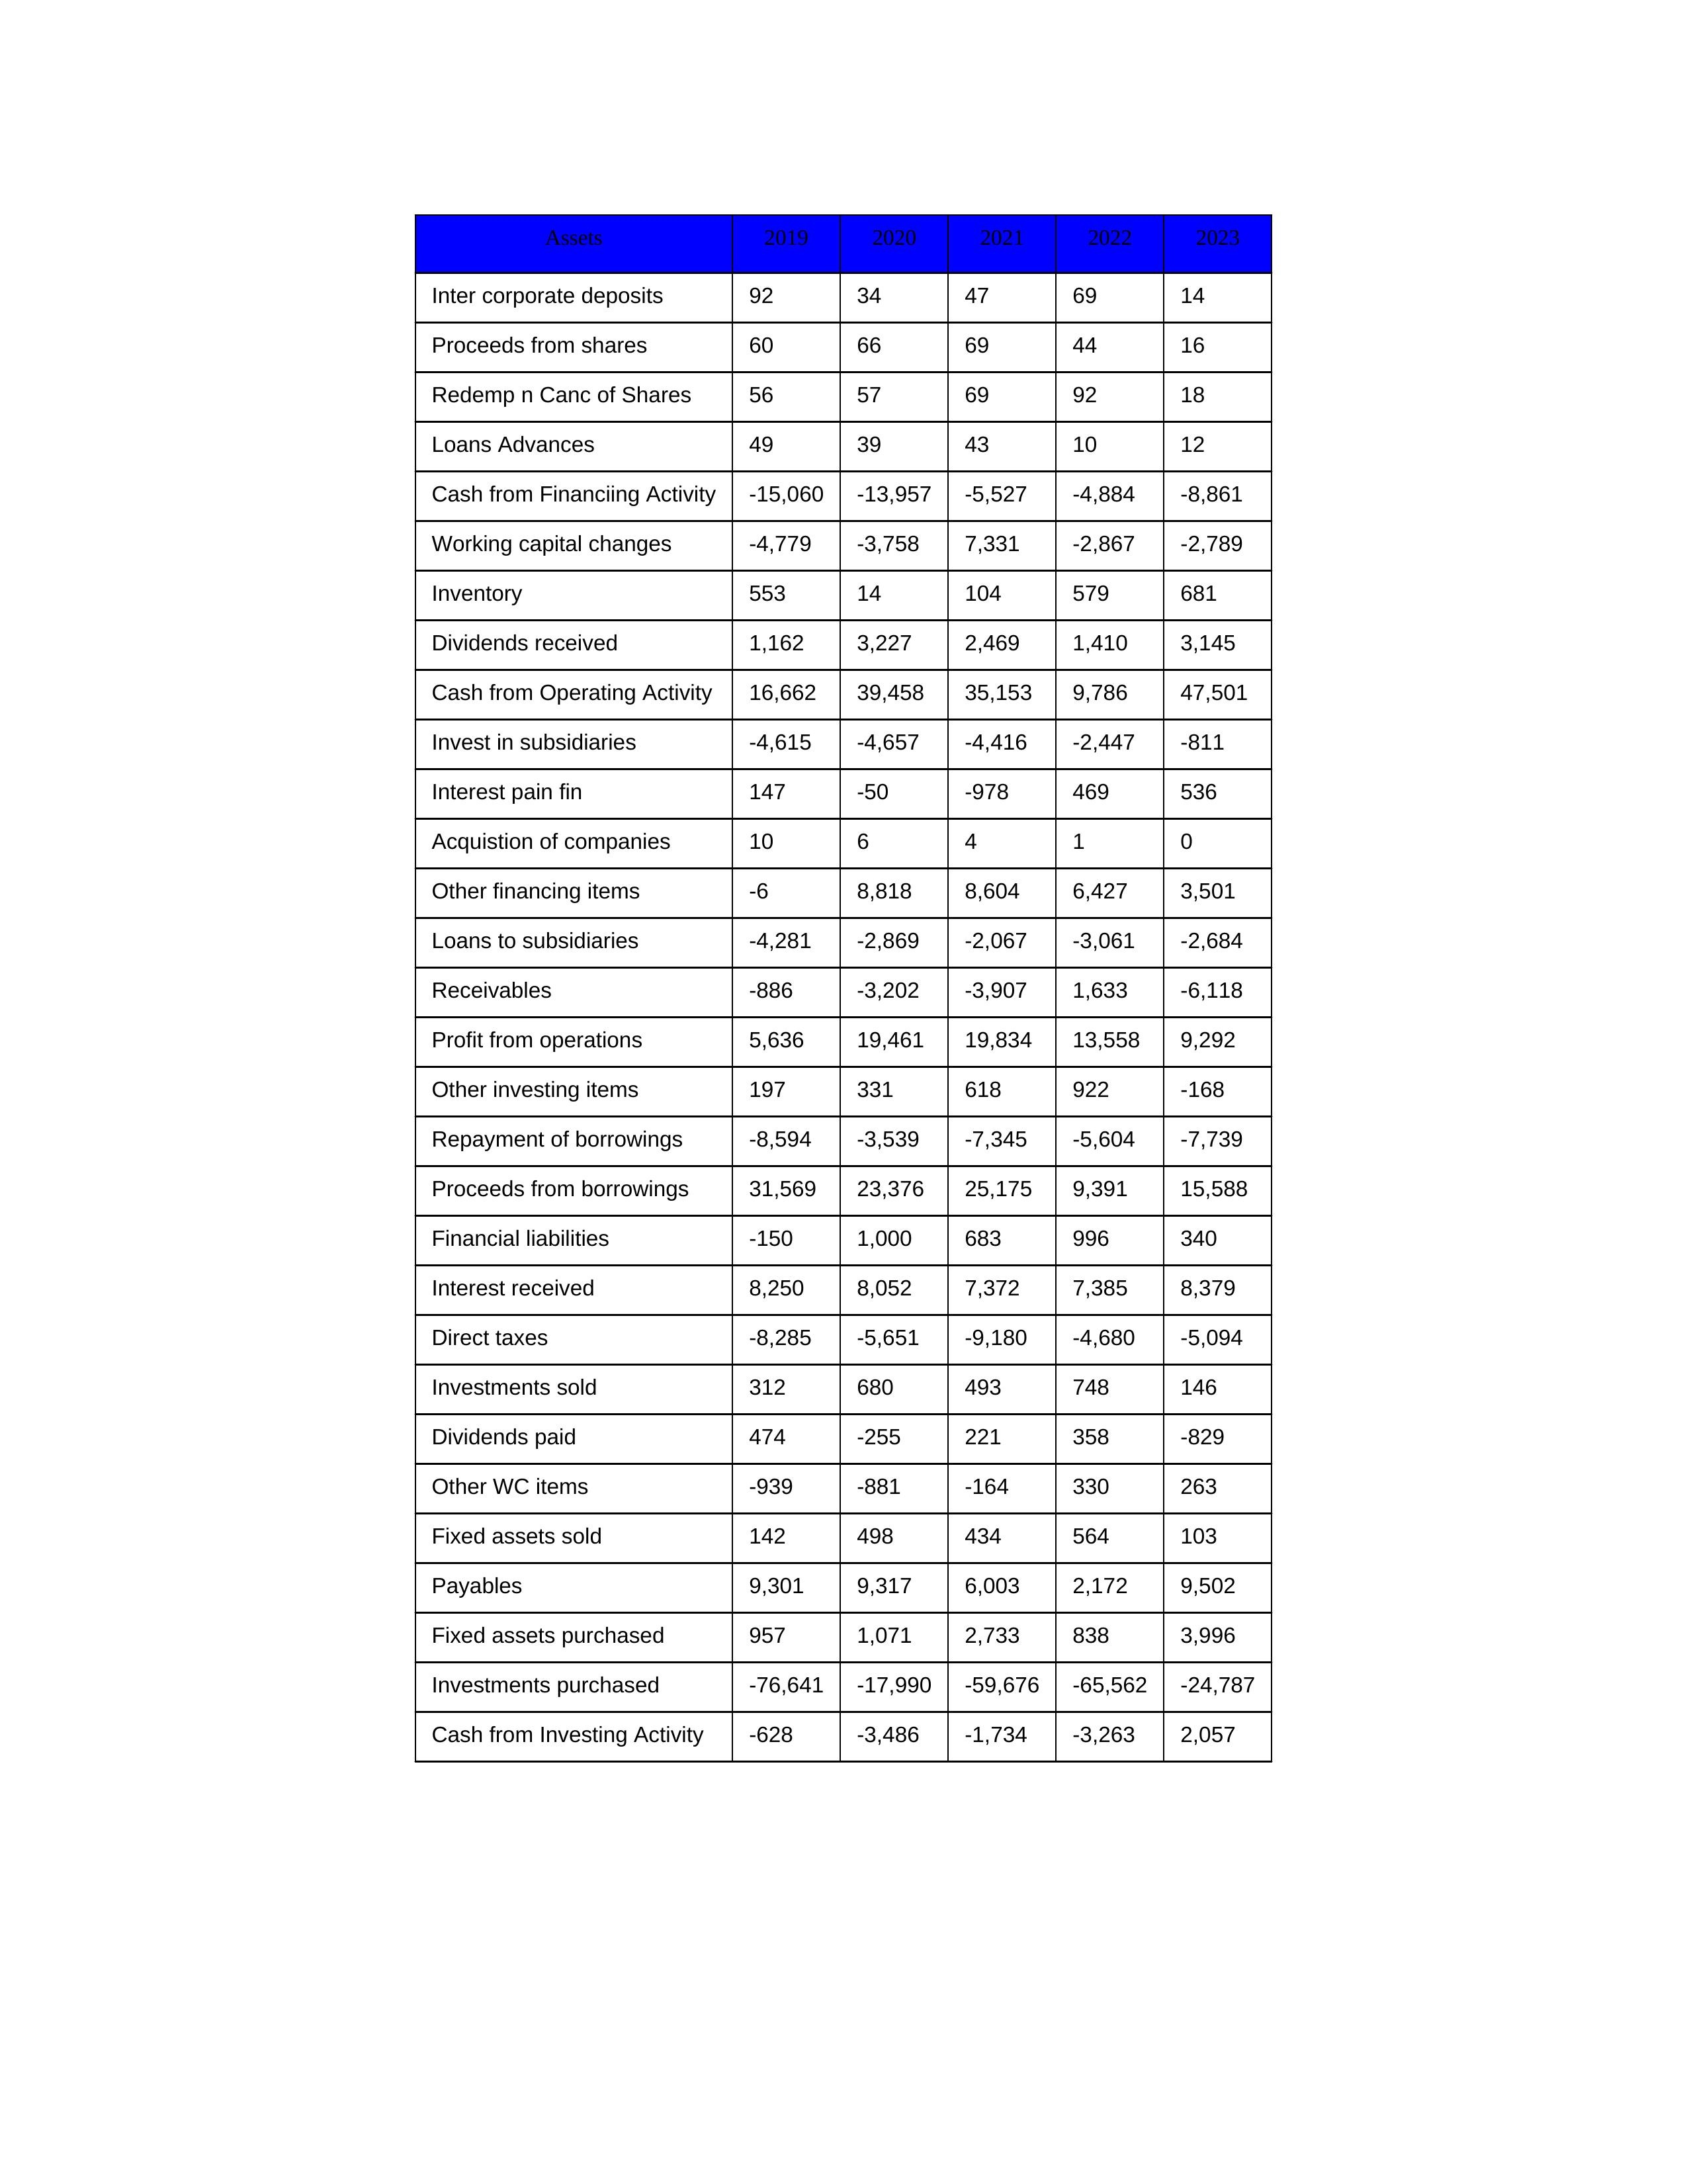
gt_parse: 2019: Cash from Operating Activity: 16,662
Profit from operations: 5,636
Receivables: -886
Inventory: 553
Payables: 9,301
Loans Advances: 49
Other WC items: -939
Working capital changes: -4,779
Direct taxes: -8,285
Cash from Investing Activity: -628
Fixed assets purchased: 957
Fixed assets sold: 142
Investments purchased: -76,641
Investments sold: 312
Interest received: 8,250
Dividends received: 1,162
Invest in subsidiaries: -4,615
Loans to subsidiaries: -4,281
Redemp n Canc of Shares: 56
Acquistion of companies: 10
Inter corporate deposits: 92
Other investing items: 197
Cash from Financiing Activity: -15,060
Proceeds from shares: 60
Proceeds from borrowings: 31,569
Repayment of borrowings: -8,594
Interest pain fin: 147
Dividends paid: 474
Financial liabilities: -150
Other financing items: -6
2020: Cash from Operating Activity: 39,458
Profit from operations: 19,461
Receivables: -3,202
Inventory: 14
Payables: 9,317
Loans Advances: 39
Other WC items: -881
Working capital changes: -3,758
Direct taxes: -5,651
Cash from Investing Activity: -3,486
Fixed assets purchased: 1,071
Fixed assets sold: 498
Investments purchased: -17,990
Investments sold: 680
Interest received: 8,052
Dividends received: 3,227
Invest in subsidiaries: -4,657
Loans to subsidiaries: -2,869
Redemp n Canc of Shares: 57
Acquistion of companies: 6
Inter corporate deposits: 34
Other investing items: 331
Cash from Financiing Activity: -13,957
Proceeds from shares: 66
Proceeds from borrowings: 23,376
Repayment of borrowings: -3,539
Interest pain fin: -50
Dividends paid: -255
Financial liabilities: 1,000
Other financing items: 8,818
2021: Cash from Operating Activity: 35,153
Profit from operations: 19,834
Receivables: -3,907
Inventory: 104
Payables: 6,003
Loans Advances: 43
Other WC items: -164
Working capital changes: 7,331
Direct taxes: -9,180
Cash from Investing Activity: -1,734
Fixed assets purchased: 2,733
Fixed assets sold: 434
Investments purchased: -59,676
Investments sold: 493
Interest received: 7,372
Dividends received: 2,469
Invest in subsidiaries: -4,416
Loans to subsidiaries: -2,067
Redemp n Canc of Shares: 69
Acquistion of companies: 4
Inter corporate deposits: 47
Other investing items: 618
Cash from Financiing Activity: -5,527
Proceeds from shares: 69
Proceeds from borrowings: 25,175
Repayment of borrowings: -7,345
Interest pain fin: -978
Dividends paid: 221
Financial liabilities: 683
Other financing items: 8,604
2022: Cash from Operating Activity: 9,786
Profit from operations: 13,558
Receivables: 1,633
Inventory: 579
Payables: 2,172
Loans Advances: 10
Other WC items: 330
Working capital changes: -2,867
Direct taxes: -4,680
Cash from Investing Activity: -3,263
Fixed assets purchased: 838
Fixed assets sold: 564
Investments purchased: -65,562
Investments sold: 748
Interest received: 7,385
Dividends received: 1,410
Invest in subsidiaries: -2,447
Loans to subsidiaries: -3,061
Redemp n Canc of Shares: 92
Acquistion of companies: 1
Inter corporate deposits: 69
Other investing items: 922
Cash from Financiing Activity: -4,884
Proceeds from shares: 44
Proceeds from borrowings: 9,391
Repayment of borrowings: -5,604
Interest pain fin: 469
Dividends paid: 358
Financial liabilities: 996
Other financing items: 6,427
2023: Cash from Operating Activity: 47,501
Profit from operations: 9,292
Receivables: -6,118
Inventory: 681
Payables: 9,502
Loans Advances: 12
Other WC items: 263
Working capital changes: -2,789
Direct taxes: -5,094
Cash from Investing Activity: 2,057
Fixed assets purchased: 3,996
Fixed assets sold: 103
Investments purchased: -24,787
Investments sold: 146
Interest received: 8,379
Dividends received: 3,145
Invest in subsidiaries: -811
Loans to subsidiaries: -2,684
Redemp n Canc of Shares: 18
Acquistion of companies: 0
Inter corporate deposits: 14
Other investing items: -168
Cash from Financiing Activity: -8,861
Proceeds from shares: 16
Proceeds from borrowings: 15,588
Repayment of borrowings: -7,739
Interest pain fin: 536
Dividends paid: -829
Financial liabilities: 340
Other financing items: 3,501